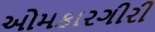
ઓમકારગીરી